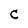
Character: C